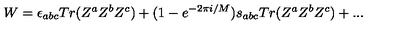
W = \epsilon _ { a b c } T r ( Z ^ { a } Z ^ { b } Z ^ { c } ) + ( 1 - e ^ { - 2 \pi i / M } ) s _ { a b c } T r ( Z ^ { a } Z ^ { b } Z ^ { c } ) + . . .